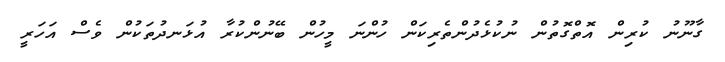
ގާނޫނު ކުރިން އޮތްގޮތުން ނުކުޅެދުންތެރިކަން ހުންނަ މީހުން ބޭނުންކުރާ އުޅަނދުތަކުން ވެސް އަހަރީ